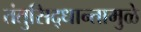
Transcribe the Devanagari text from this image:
तंतुसिद्धान्तामुळे